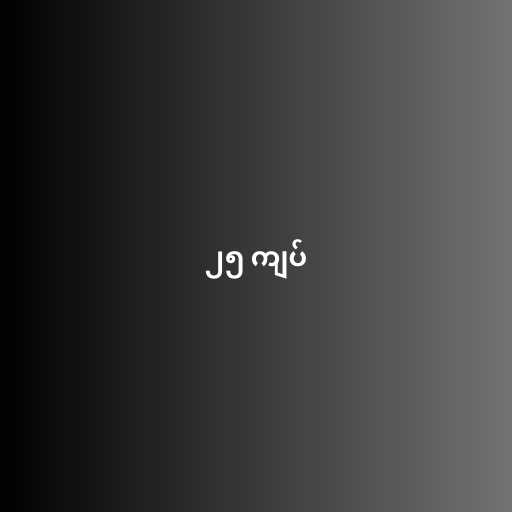
၂၅ ကျပ်